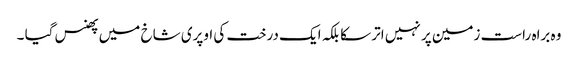
وہ براہ راست زمین پر نہیں اتر سکا بلکہ ایک درخت کی اوپری شاخ میں پھنس گیا ۔